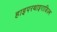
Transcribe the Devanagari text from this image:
हाइपरथाइराडिज़्म